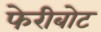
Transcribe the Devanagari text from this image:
फेरीबोट